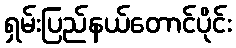
ရှမ်းပြည်နယ်တောင်ပိုင်း